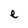
Character: e